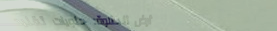
أرض الحلاوة: حلويات تقليد